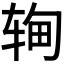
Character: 𬨉